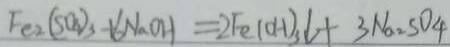
F e _ { 2 } ( S O _ { 4 } ) _ { 3 } + 6 N a O H = 2 F e ( O H ) _ { 3 } \downarrow + 3 N a _ { 2 } S O _ { 4 }